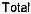
TOTAL